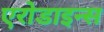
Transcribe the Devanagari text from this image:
एरोडाइन्स